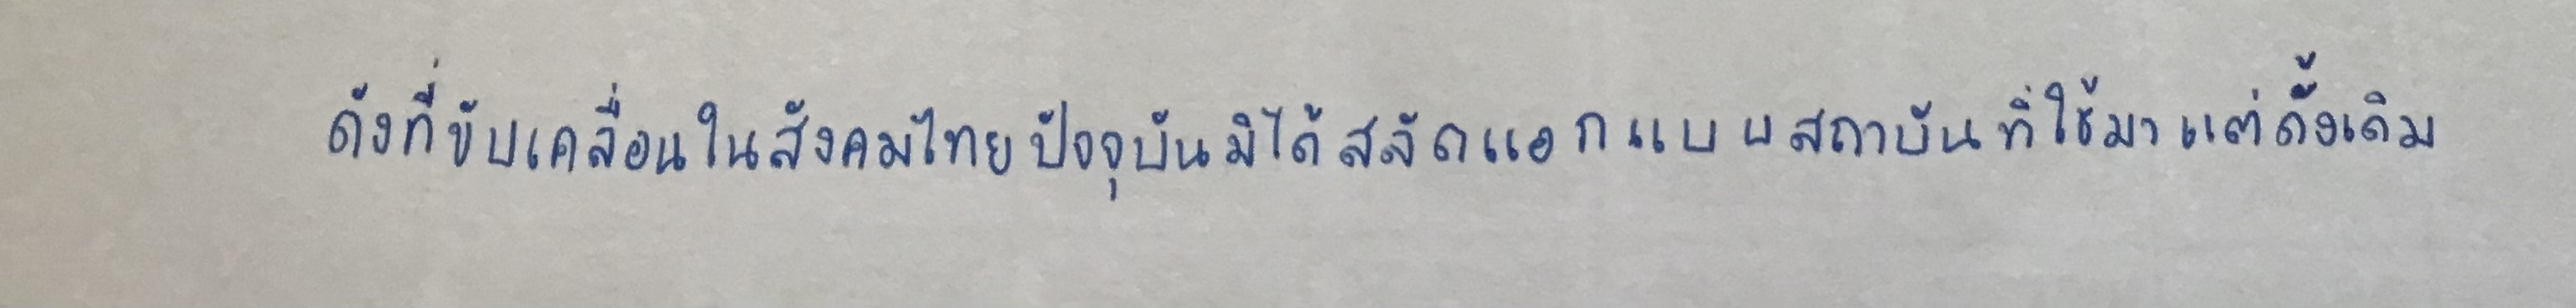
ดังที่ขับเคลื่อนในสังคมไทยปัจจุบันมิได้สลัดแอกแบบสถาบันที่ใช้มาแต่ดั้งเดิม